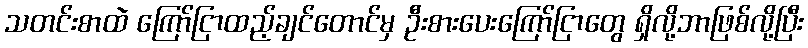
သတင်းစာထဲ ကြော်ငြာထည့်ချင်တောင်မှ ဦးစားပေးကြော်ငြာတွေ ရှိလို့ဘာဖြစ်လို့ပြီး